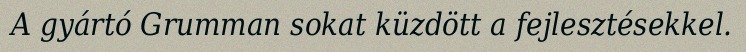
A gyártó Grumman sokat küzdött a fejlesztésekkel.